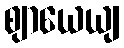
ဈာယေယျ